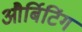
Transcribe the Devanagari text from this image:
और्बिटिंग